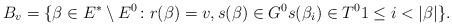
LaTeX: \begin{align*}B_v=\{ \beta \in E^* \setminus E^0 \colon r(\beta)=v, s(\beta) \in G^0 s(\beta_i) \in T^0 1 \leq i < |\beta|\}.\end{align*}